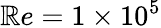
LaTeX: \mathbb{R}e=1\times10^{5}